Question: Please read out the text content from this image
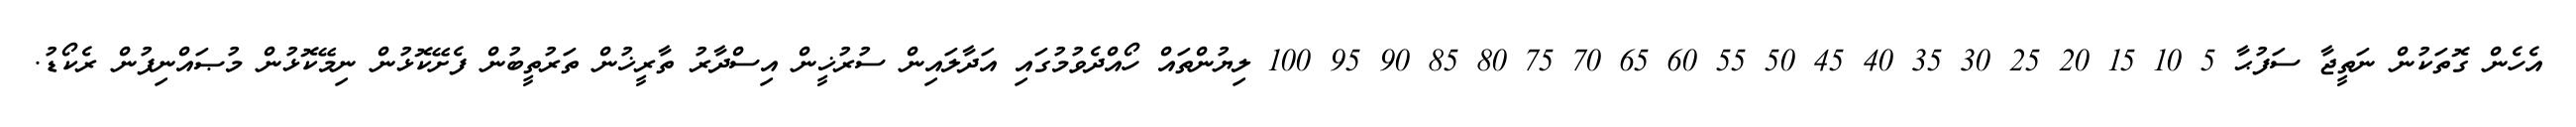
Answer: އެހެން ގޮތަކުން ނަތީޖާ ސަފުޙާ 5 10 15 20 25 30 35 40 45 50 55 60 65 70 75 80 85 90 95 100 ލިޔުންތައް ހޯއްދެވުމުގައި އަދާލައިން ސުރުޚީން އިސްދާރު ތާރީޚުން ތަރުތީބުން ފެށޭކޮޅުން ނިމޭކޮޅުން މުޞައްނިފުން ރެކޯޑު.